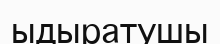
ыдыратушы